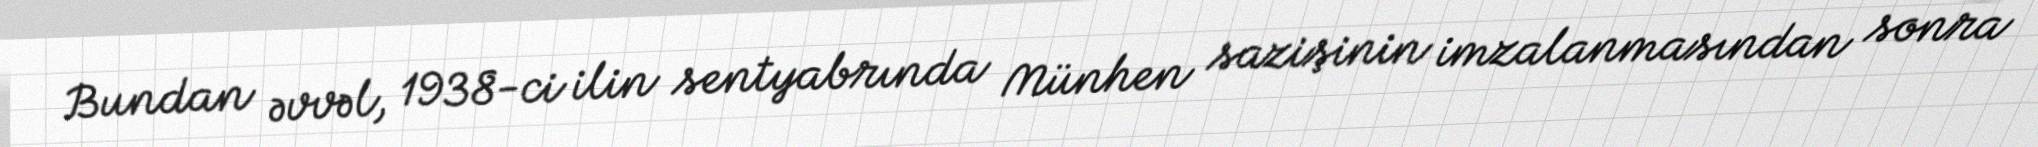
Bundan əvvəl, 1938-ci ilin sentyabrında Münhen sazişinin imzalanmasından sonra